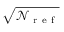
\sqrt { \mathscr { N } _ { \mathrm { ~ r ~ e ~ f ~ } } }